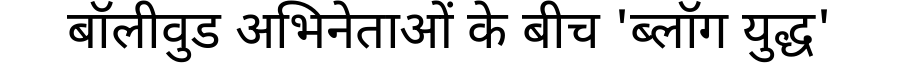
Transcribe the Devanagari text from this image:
बॉलीवुड अभिनेताओं के बीच 'ब्लॉग युद्ध'